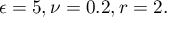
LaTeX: \epsilon = 5 , \nu = 0 . 2 , r = 2 .